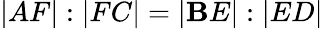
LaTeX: |AF|:|FC|=|\mathbf{B}E|:|ED|